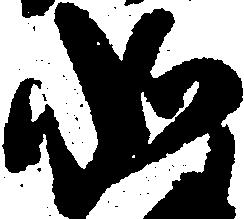
如